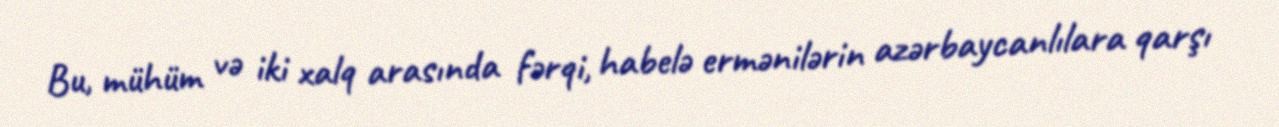
Bu, mühüm və iki xalq arasında fərqi, habelə ermənilərin azərbaycanlılara qarşı